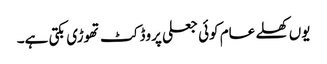
یوں کھلے عام کوئی جعلی پروڈکٹ تھوڑی بکتی ہے۔